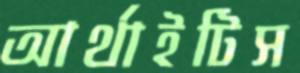
আর্থাইটিস